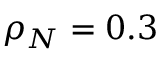
\rho _ { N } = 0 . 3